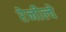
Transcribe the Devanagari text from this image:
रेनील्वे